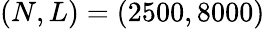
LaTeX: (N,L)=(2500,8000)